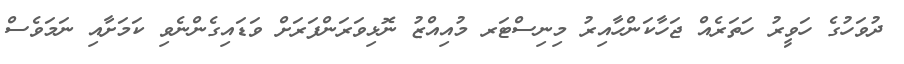
ދުވަހުގެ ހަވީރު ހަތަރެއް ޖަހާކަންހާއިރު މިނިސްޓަރ މުއިއްޒު ނޮޅިވަރަންފަރަށް ވަޑައިގެންނެވި ކަމަށާއި ނަމަވެސް